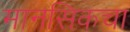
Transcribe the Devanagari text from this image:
मानसिकचा